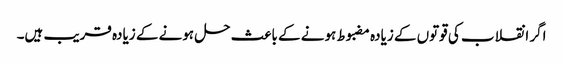
اگر انقلاب کی قوتوں کے زیادہ مضبوط ہونے کے باعث حل ہونے کے زیادہ قریب ہیں۔